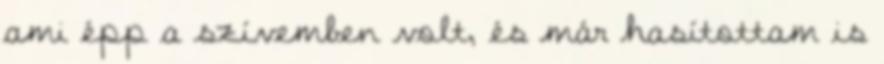
ami épp a szívemben volt, és már hasítottam is